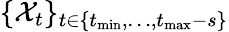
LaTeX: \{ \mathcal{X}_{t}\} _{t\in\{ t_{\operatorname*{min}},\dots,t_{\operatorname*{max}}-s\} }